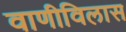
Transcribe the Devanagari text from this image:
वाणीविलास